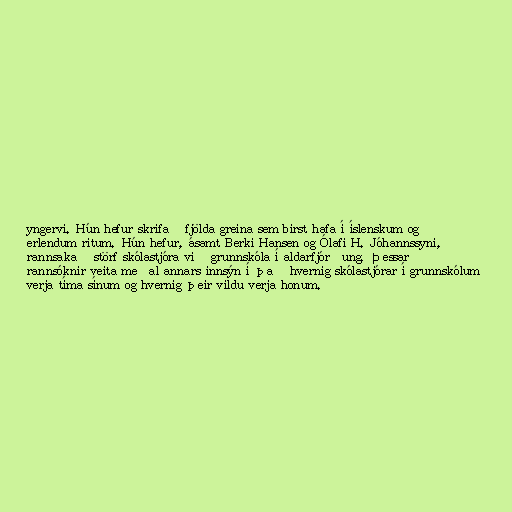
yngervi. Hún hefur skrifað fjölda greina sem birst hafa í íslenskum og
erlendum ritum. Hún hefur, ásamt Berki Hansen og Ólafi H. Jóhannssyni,
rannsakað störf skólastjóra við grunnskóla í aldarfjórðung. Þessar
rannsóknir veita meðal annars innsýn í það hvernig skólastjórar í grunnskólum
verja tíma sínum og hvernig þeir vildu verja honum.